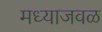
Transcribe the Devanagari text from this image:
मध्याजवळ